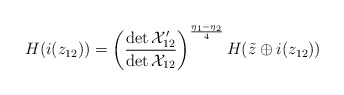
\begin{align*}H(i(z_{12}))=\left(\frac{\det {\cal X}^{\prime}_{12}}{\det {\cal X}_{12}}\right)^{\frac{\eta_{1}-\eta_{2}}{4}}H(\tilde{z}\oplus i(z_{12}))\end{align*}